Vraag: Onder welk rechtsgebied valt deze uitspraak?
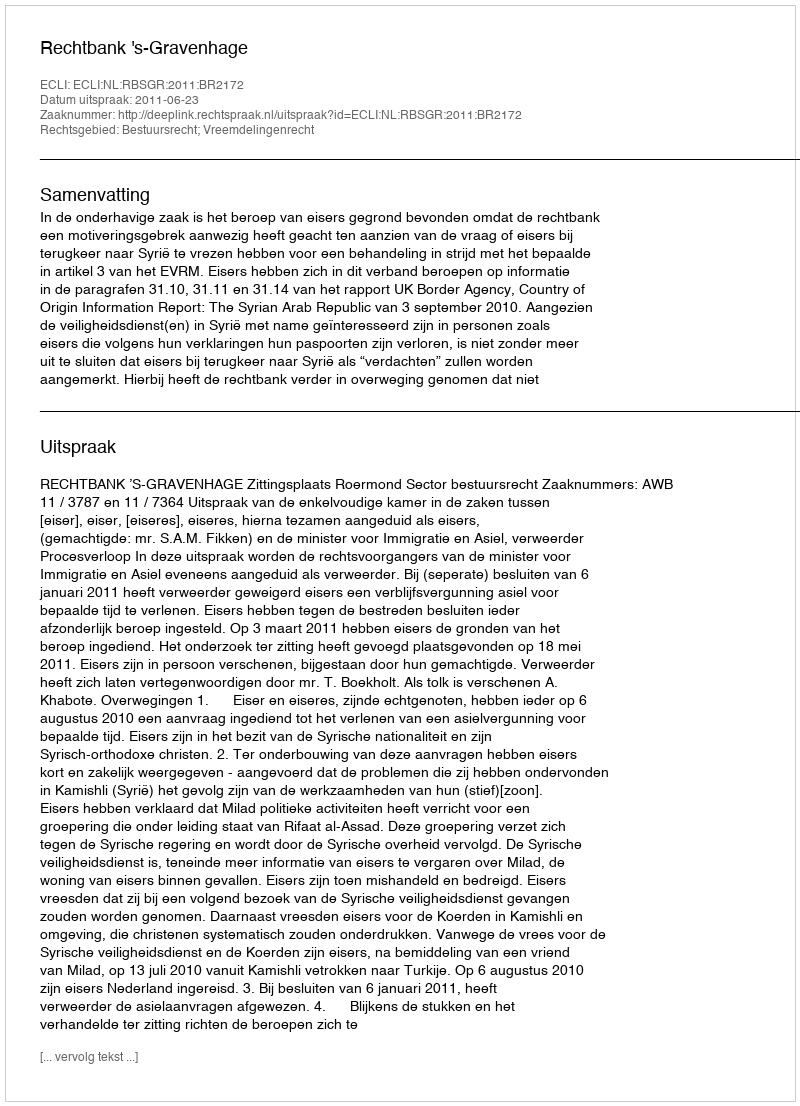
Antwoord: Bestuursrecht; Vreemdelingenrecht